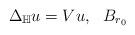
LaTeX: \begin{align*} \Delta_{\mathbb{H}}u= Vu,\ \ B_{r_0} \end{align*}